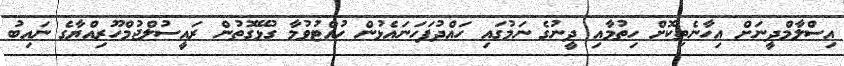
އިސްލާމްދީނަށް އިހާނެތިކޮށް ހިތުމާއި ދީނުގެ ނަމުގައި ހައްދުފަހަނައެޅުން ހުއްޓުވުމާ ގުޅޭގޮތުން ރައީސުލްޖުމްހޫރިއްޔާގެ ނައިބު